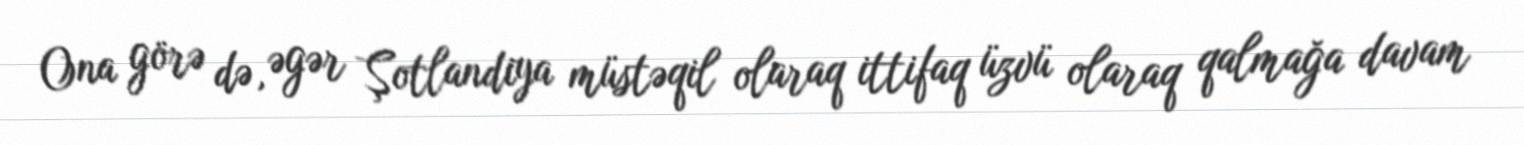
Ona görə də, əgər Şotlandiya müstəqil olaraq ittifaq üzvü olaraq qalmağa davam